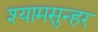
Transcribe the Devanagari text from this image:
श्यामसुन्हर